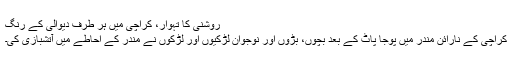
روشنی کا تہوار، کراچی میں ہر طرف دیوالی کے رنگ
کراچی کے نارائن مندر میں پوجا پاٹ کے بعد بچوں، بڑوں اور نوجوان لڑکیوں اور لڑکوں نے مندر کے احاطے میں آتشبازی کی۔